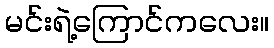
မင်းရဲ့ကြောင်ကလေး။